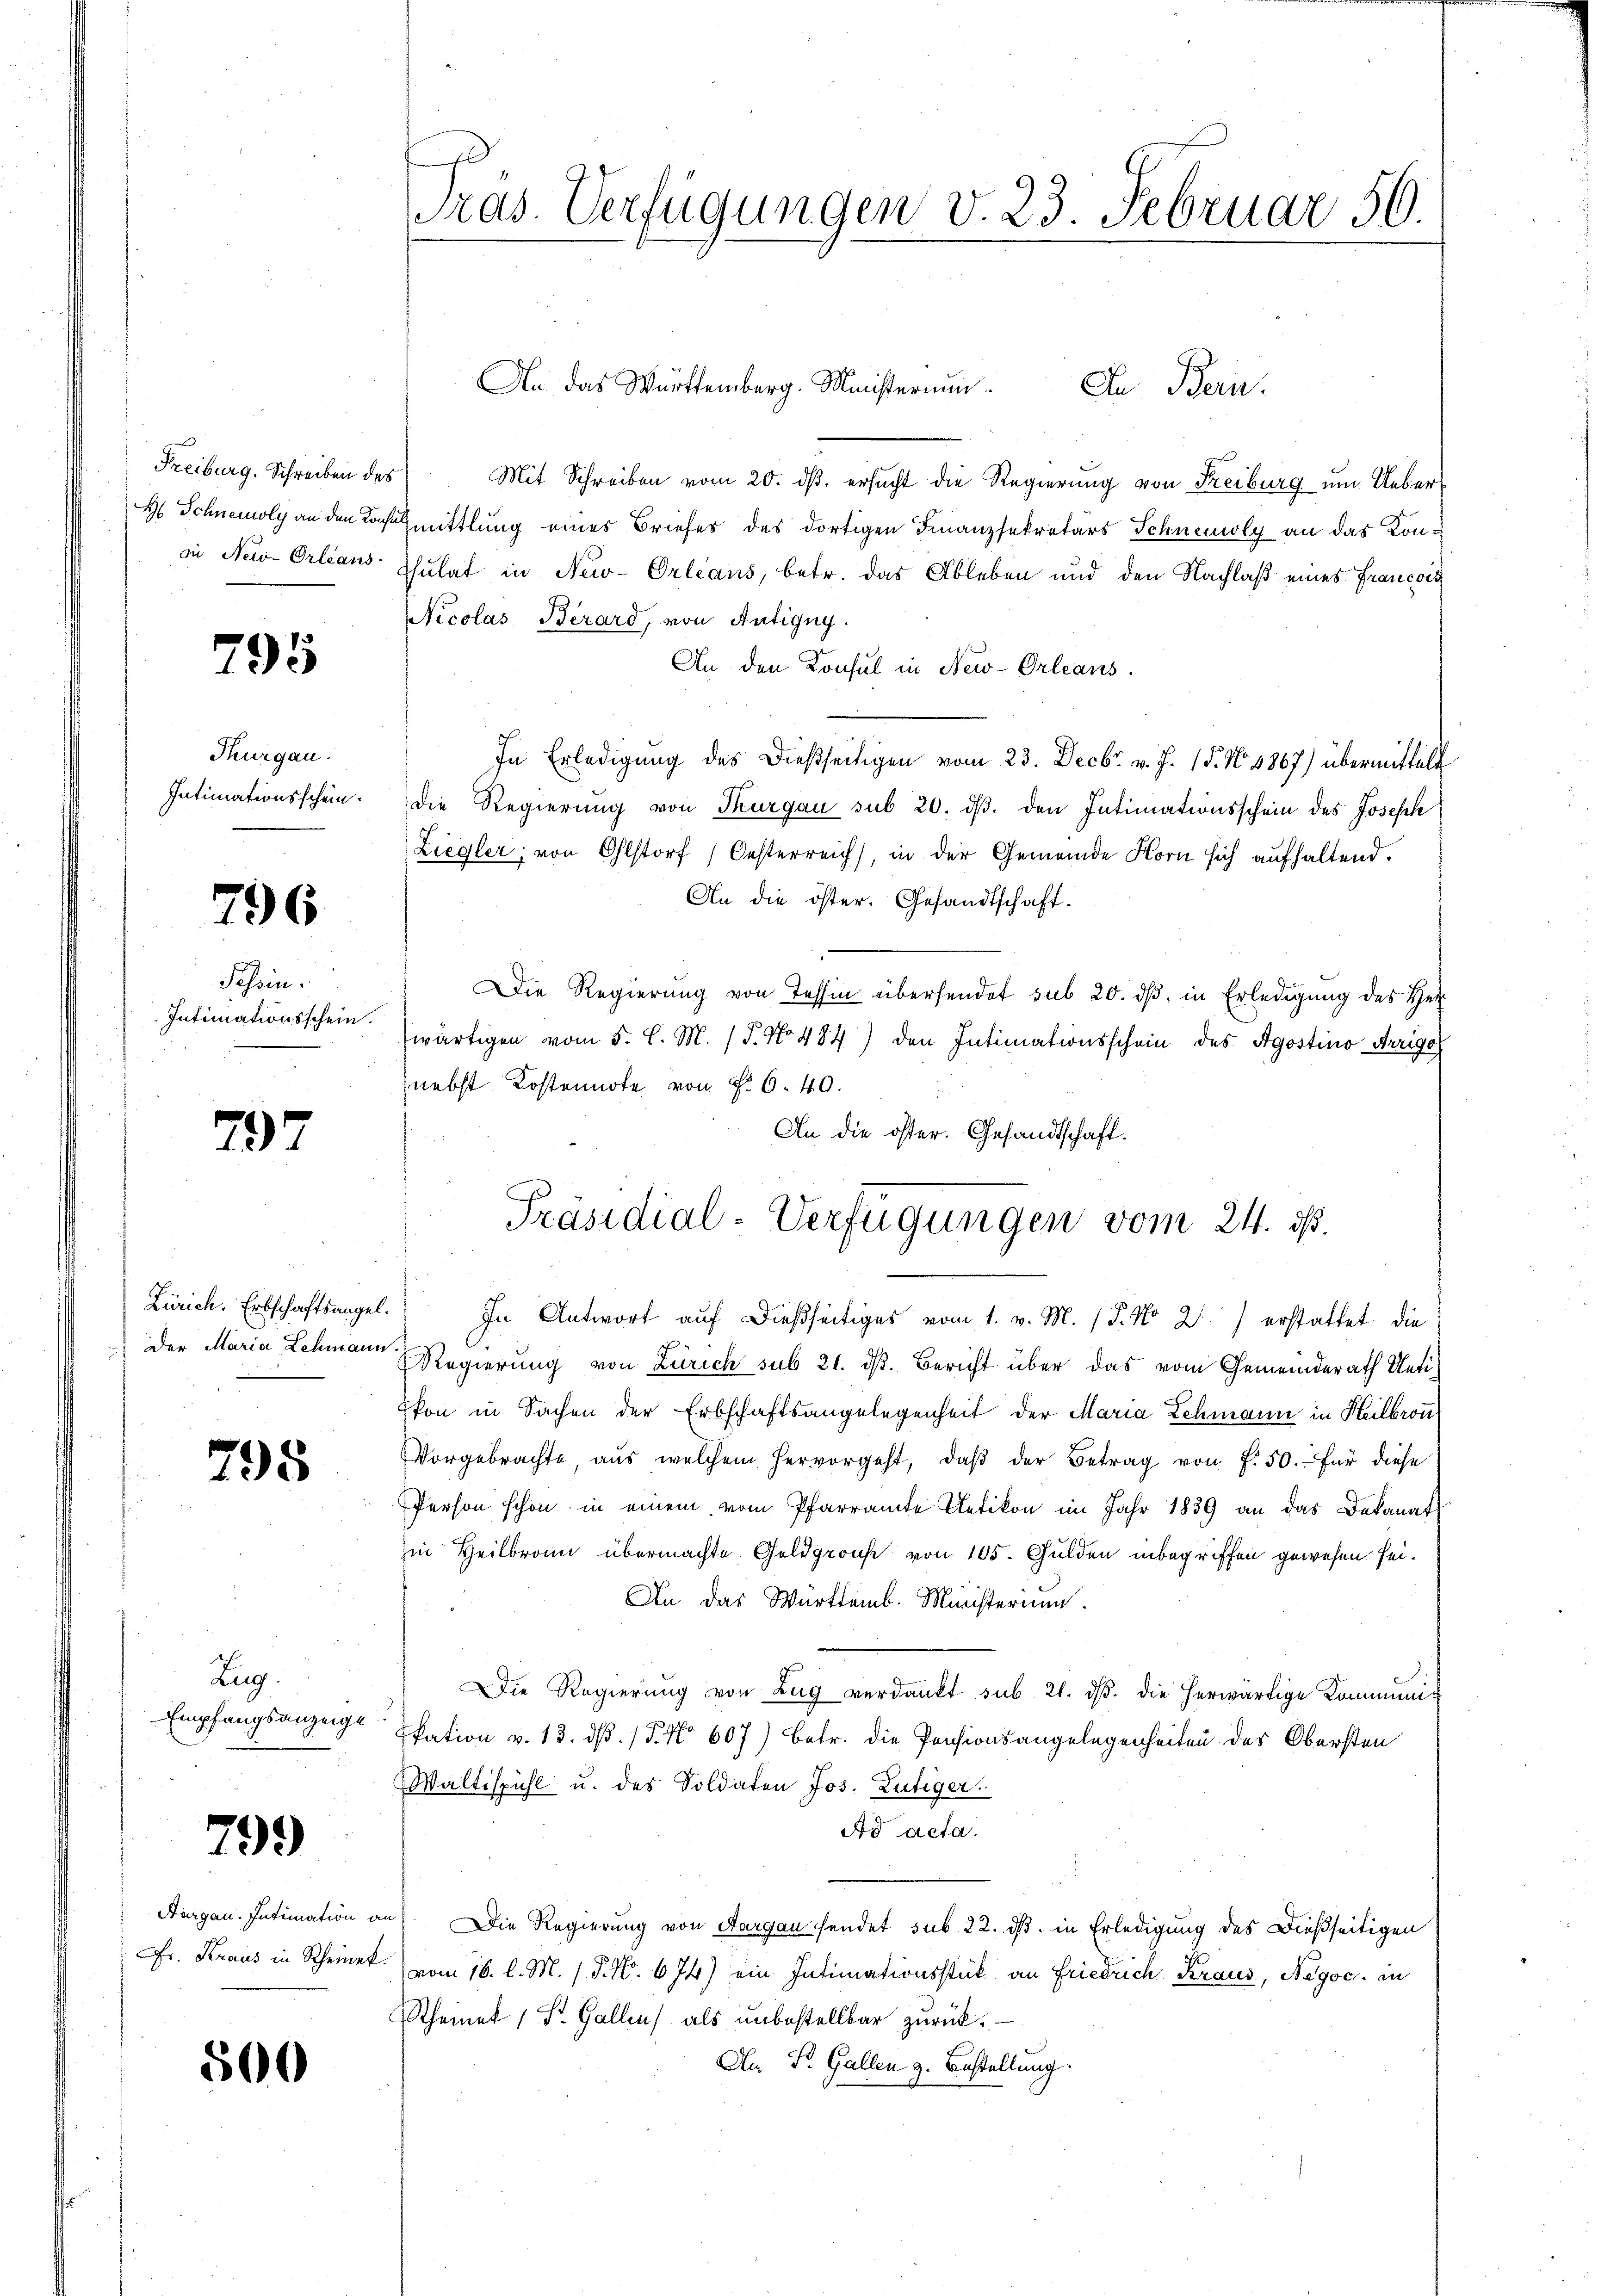
Freiburg. Schreiben des
in New-Orleans

795

Thurgau.
Intimationsschein.

796

Schein.
Intimationsschein.

797

Zürich. Erbschaftsangel.
 Der Maria Schmann

795

Zug.
Empfangsanzeige

799

Aargau. Intimation
Fr. Kraus in Rheiner

500

Pras. Verfügungen v. 23. Februar 56.

An das Württemberg. Ministerium.
In Bern.
Mit Schreiben vom 20. ds. ersucht die Regierung von Freiburg um Ueber-
H. Schnemoly an den Konst mittlung eines Briefes des dortigen Finanzsekretärs Schnemoly an das Kon¬
Chulat in New-Orleans, betr. das Ableben und den Nachlaß eines Francois
Nicolas Berard, von Antigny.
An den Konsul in New-Orleans
In Erledigung des dießseitigen vom 23. Decbr. v. J. 15. No. 1867) übermittelt
die Regierung von Thurgau sub 20. ds. den Intimationsschein des Joseph
Ziegler, von Olstorf, Oesterreich, in der Gemeinde Horn sich aufhaltend.
An die öster. Gesandtschaft.
Die Regierung von Tessin übersendet sub 20. dβ in Erledigung des Herz
wärtigen vom 5. C. M. / 5. No 484) den Intimationsschein des Agostino Merige
nebst Kostennote von Fr. 6. 40.
An die öster. Gesandtschaft.
) In Antwort auf dießseitiges vom 1. v. M. (T. No 21) erstattet die
ch
Regierung von Zürich sub 21. dβ. Bericht über das vom Gemeinderath Ueti
ikon in Sachen der Erbschaftsangelegenheit der Maria Schmann in Heilbronz
Vorgebrachte, aŭs welchem hervorgeht, daβ der Betrag von f. 50. für diese
Person schon in einem vom Pfarramte Uetikon im Jahr 1839 an das Dekanat
in Heilbronn übermachte Goldgrouse von 105. Gulden inbegriffen gewesen sei¬
An das Württemb. Ministerium.
Die Regierŭng von Zŭg verdankt sub 21. dβ. die herwärtige Kommunikation v. 13. dß. / 5. No 607) Betr. die Pensionsangelegenheiten des Obersten
Waltispühl u. des Soldaten Jos. Lutiger.
Ad acta.
Die Regierung von Aargau sendet sub 22. ds. in Erledigung des Dießseitigen
vom 16. l. M. / P. Nr. 674) ein Intimationsstück an Friedrich Kraus, Negoc. in
Rheiner St. Gallen als unbestellbar zurück.
An St. Gallen z. Bestellung.

Präsidial-Verfügungen vom 24. ds.